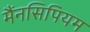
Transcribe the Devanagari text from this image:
मैंनसिपियम